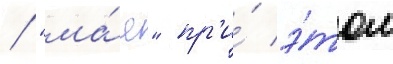
/ "ма́я" пр'и́ э́том